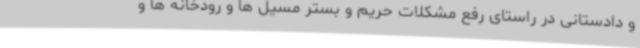
و دادستانی در راستای رفع مشکلات حریم و بستر مسیل ها و رودخانه ها و